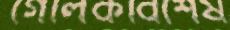
গোলকবিশেষ